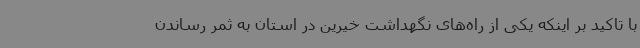
با تاکید بر اینکه یکی از راه‌های نگهداشت خیرین در استان به ثمر رساندن